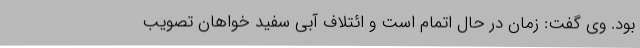
بود. وی گفت: زمان در حال اتمام است و ائتلاف آبی سفید خواهان تصویب